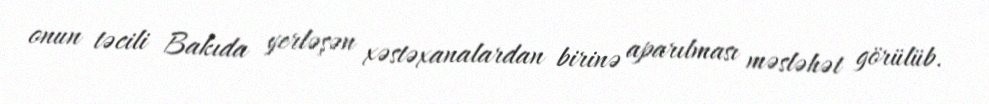
onun təcili Bakıda yerləşən xəstəxanalardan birinə aparılması məsləhət görülüb.